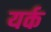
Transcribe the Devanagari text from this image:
यर्क